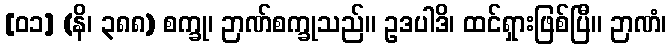
[၀၁] (နိ၊ ၃၈၈) စက္ခု၊ ဉာဏ်စက္ခုသည်။ ဥဒပါဒိ၊ ထင်ရှားဖြစ်ပြီ။ ဉာဏံ၊